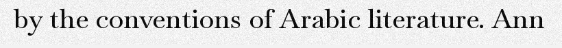
by the conventions of Arabic literature. Ann